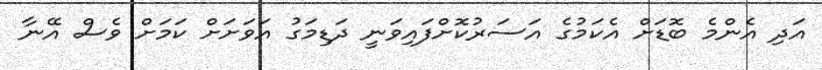
އަދި އެންމެ ބޮޑަށް އެކަމުގެ އަސަރުކޮށްފައިވަނީ ދަޑިމަގު އަވަށަށް ކަމަށް ވެސް އޭނާ